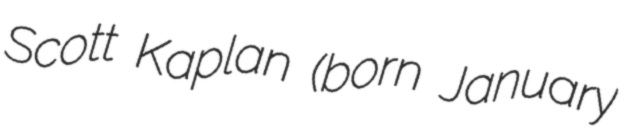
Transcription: Scott Kaplan (born January